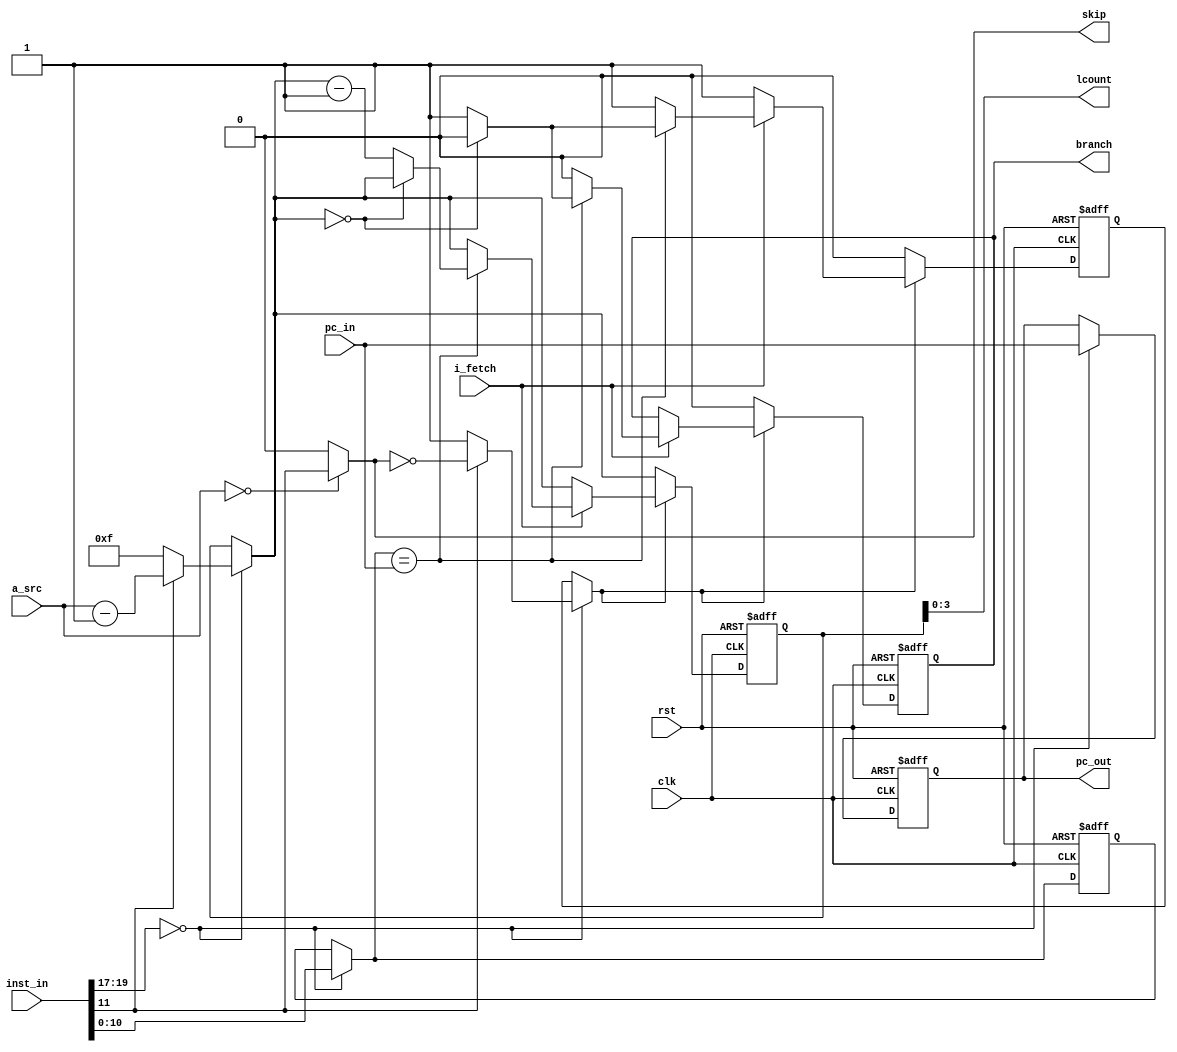
module loop
(
  input             rst,     
  input             clk,     
  input  [19:0]     inst_in,
  input             i_fetch, 
  input  [5:0]      a_src,   
  input  [10:0]     pc_in,   
  output [10:0]     pc_out,  
  output        reg branch,  
  output            skip,    
  output [3:0]      lcount   
);
  reg [10:0] r_loop_st;  
  reg [10:0] r_loop_end; 
  reg  [5:0] r_loop_cnt; 
  reg        r_loop_ena; 
  always @(posedge rst or posedge clk)
  begin
    if (rst) begin
      r_loop_st  <= 11'd0;
      r_loop_end <= 11'd0;
      r_loop_cnt <= 6'd0;
      r_loop_ena <= 1'b0;
      branch     <= 1'b0;
    end else begin
      if (inst_in[19:17] == 3'b000) begin
        r_loop_st  = pc_in;
        r_loop_end = inst_in[10:0];
        if (inst_in[11]) begin
          r_loop_cnt = a_src[5:0] - 6'd1;
          r_loop_ena = ~skip;
        end else begin
          r_loop_cnt = 6'd15;
          r_loop_ena = 1'b1;
        end
      end
      if (r_loop_ena) begin
        if (i_fetch) begin
          if (r_loop_end == pc_in)
            if (r_loop_cnt == 6'd0) begin
              branch     <= 1'b0;
              r_loop_ena <= 1'b0;
            end else begin
              branch     <= 1'b1;
              r_loop_cnt <= r_loop_cnt - 6'd1;
            end
          else
            branch <= 1'b0;
        end
      end else begin
        branch <= 1'b0;
      end
    end
  end
  assign pc_out = r_loop_st;
  assign skip   = (a_src[5:0] == 6'd0) ? inst_in[11] : 1'b0;
  assign lcount = r_loop_cnt[3:0];
endmodule